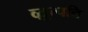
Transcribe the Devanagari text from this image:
व्य़ुत्पत्ति